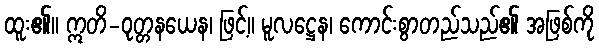
ထူး၏။ ဣတိ-ဝုတ္တနယေန၊ ဖြင့်။ မူလဋ္ဌေန၊ ကောင်းစွာတည်သည်၏ အဖြစ်ကို